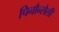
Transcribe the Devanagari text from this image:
पिनौन्सेली